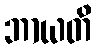
ဘာယတိ